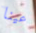
عينا